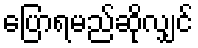
ပြောရမည်ဆိုလျှင်